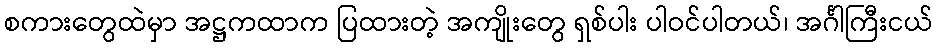
စကားတွေထဲမှာ အဋ္ဌကထာက ပြထားတဲ့ အကျိုးတွေ ရှစ်ပါး ပါဝင်ပါတယ်၊ အင်္ဂါကြီးငယ်